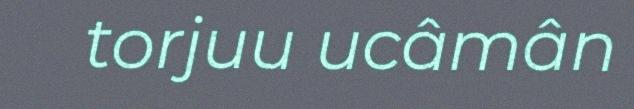
torjuu ucâmân